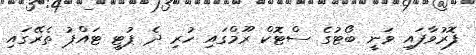
ފޮރުވާފައި ވަނީ ބޯޓުގެ ސްޓޮކް ރޫމްގައި ހުރި ދެ ޕުޓީ ޓައްޕު ތެރޭގައި